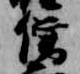
僧